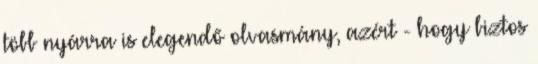
több nyárra is elegendő olvasmány, azért - hogy biztos